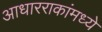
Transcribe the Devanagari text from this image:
आधारराकांमध्ये